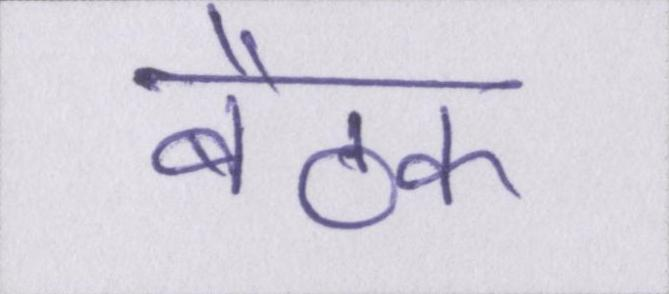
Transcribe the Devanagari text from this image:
बैठक